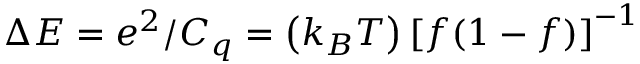
\Delta E = e ^ { 2 } / C _ { q } = \left( k _ { B } T \right) \left[ f ( 1 - f ) \right] ^ { - 1 }